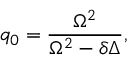
q _ { 0 } = \frac { \Omega ^ { 2 } } { \Omega ^ { 2 } - \delta \Delta } ,